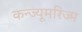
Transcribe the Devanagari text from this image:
कन्ज्यूमरिज्म